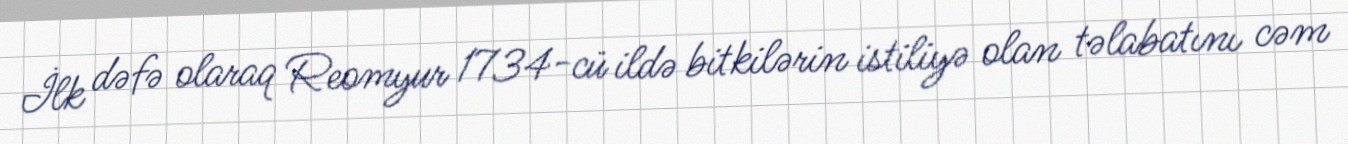
İlk dəfə olaraq Reomyur 1734-cü ildə bitkilərin istiliyə olan təlabatını cəm